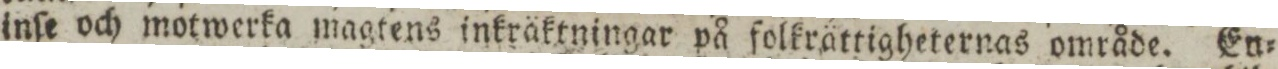
inſe och motwerka magtens inkräktningar på folkrättigheternas område. En=